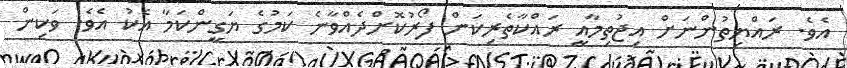
އެވެ. ރައްޔިތުންނަށް އިޖުތިމާއީ ރައްކާތެރިކަން ފޯރުކޮށްދެއްވާނެ ކަމުގެ ޔަގީންކަމާ އެކު އެވެ. ވަކިން